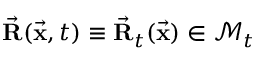
\vec { \bf R } ( \vec { \bf x } , t ) \equiv \vec { \bf R } _ { t } ( \vec { \bf x } ) \in \mathcal { M } _ { t }